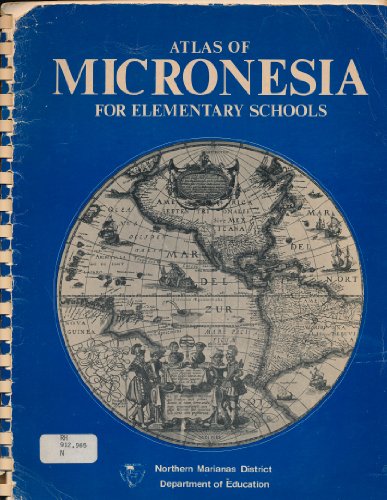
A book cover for Atlas of Micronesia For Elementary Schools.; Northern Marianas District Department of Education; Travel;